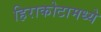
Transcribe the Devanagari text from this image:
हिराकोटामध्ये